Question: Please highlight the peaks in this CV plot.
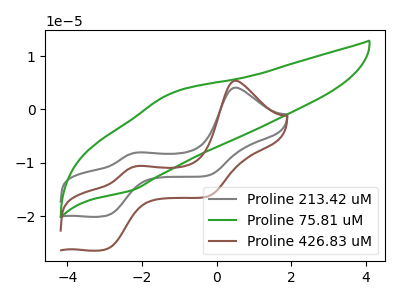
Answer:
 <answer>The gray curve "Proline 213.42 uM" has anodic peaks at (0.50V, 4.10uA) (-2.10V, -8.05uA) and cathodic peaks at (-2.95V, -19.80uA) (-0.25V, -12.35uA). The green curve "Proline 75.81 uM" has an anodic peak at (-1.20V, 3.05uA) and a cathodic peak at (-2.25V, -15.10uA). The brown curve "Proline 426.83 uM" has anodic peaks at (0.50V, 5.40uA) (-2.10V, -10.55uA) and cathodic peaks at (-2.95V, -26.05uA) (-0.25V, -16.20uA).</answer>
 <eval></eval>